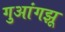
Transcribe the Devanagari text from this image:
गुआंगझू